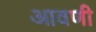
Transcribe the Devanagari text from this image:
आवणी